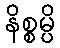
နိစ္စမ္ပိ